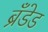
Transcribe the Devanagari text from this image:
ब्रँडेड